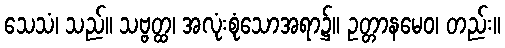
သေသံ၊ သည်။ သဗ္ဗတ္ထ၊ အလုံးစုံသောအရာ၌။ ဥတ္တာနမေဝ၊ တည်း။